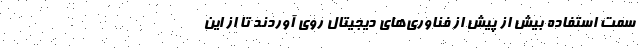
سمت استفاده بیش از پیش از فناوری‌های دیجیتال روی ‌آوردند تا از این